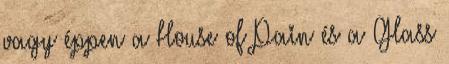
vagy éppen a House of Pain és a Glass